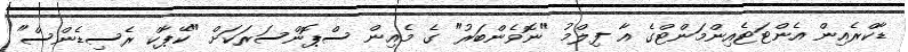
ޑާކްރެއިން އެންޓަޓެއިންމަންޓްގެ އާ ފިލްމު "ނޮވެންބަރު" ގެ މެއިން ސްޕޮންސަރަކަށް "ކޭޕާކް ރެސިޑެންސް"